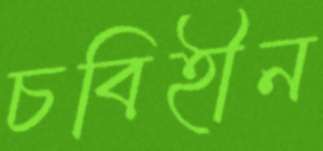
চবিহীন